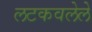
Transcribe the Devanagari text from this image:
लटकवलेले